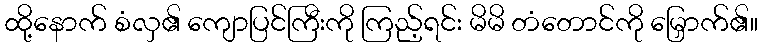
ထို့နောက် စံလှ၏ ကျောပြင်ကြီးကို ကြည့်ရင်း မိမိ တံတောင်ကို မြှောက်၏။